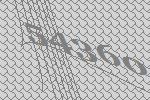
54360